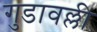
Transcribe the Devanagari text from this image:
गुडावल्ली